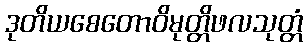
ဒုတိယစေတောဝိမုတ္တိဖလသုတ္တံ